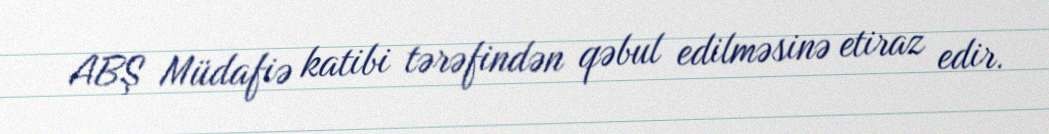
ABŞ Müdafiə katibi tərəfindən qəbul edilməsinə etiraz edir.